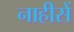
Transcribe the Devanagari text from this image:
नाहीसें